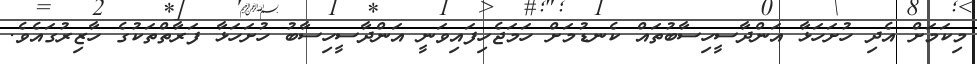
މިކަމަށް އެދި ހުށަހަޅާ އަންދާސީހިސާބުތައް ކެނޑުމަށް ހަމަޖެހިފައިވަނީ އަންދާސީހިސާބު ހުށަހަޅާ ފަރާތްތަކުގެ ހާޒިރުގައެވެ.